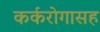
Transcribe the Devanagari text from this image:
कर्करोगासह